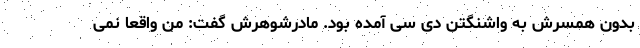
بدون همسرش به واشنگتن دی سی آمده بود. مادرشوهرش گفت: من واقعا نمی